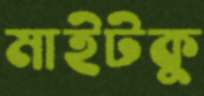
মাইটকু